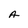
Character: A